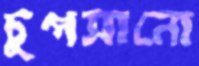
চুপসানো